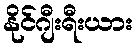
နိုင်ဂျီးရီးယား